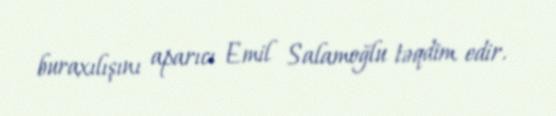
buraxılışını aparıcı Emil Salamoğlu təqdim edir.